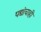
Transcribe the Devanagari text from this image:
पद्यांचाही